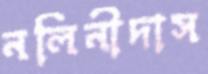
নলিনীদাস